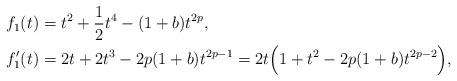
LaTeX: \begin{align*}&f_{1}(t)=t^{2}+\frac{1}{2}t^{4}-(1+b)t^{2p},\\&f_{1}'(t)=2t+2t^{3}-2p(1+b)t^{2p-1}=2t\Big(1+t^{2}-2p(1+b)t^{2p-2}\Big),\end{align*}